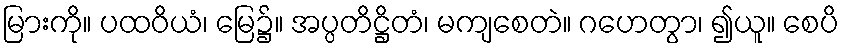
မြားကို။ ပထဝိယံ၊ မြေ၌။ အပ္ပတိဋ္ဌိတံ၊ မကျစေတဲ။ ဂဟေတွာ၊ ၍ယူ။ စေပိ